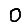
Digit: 0